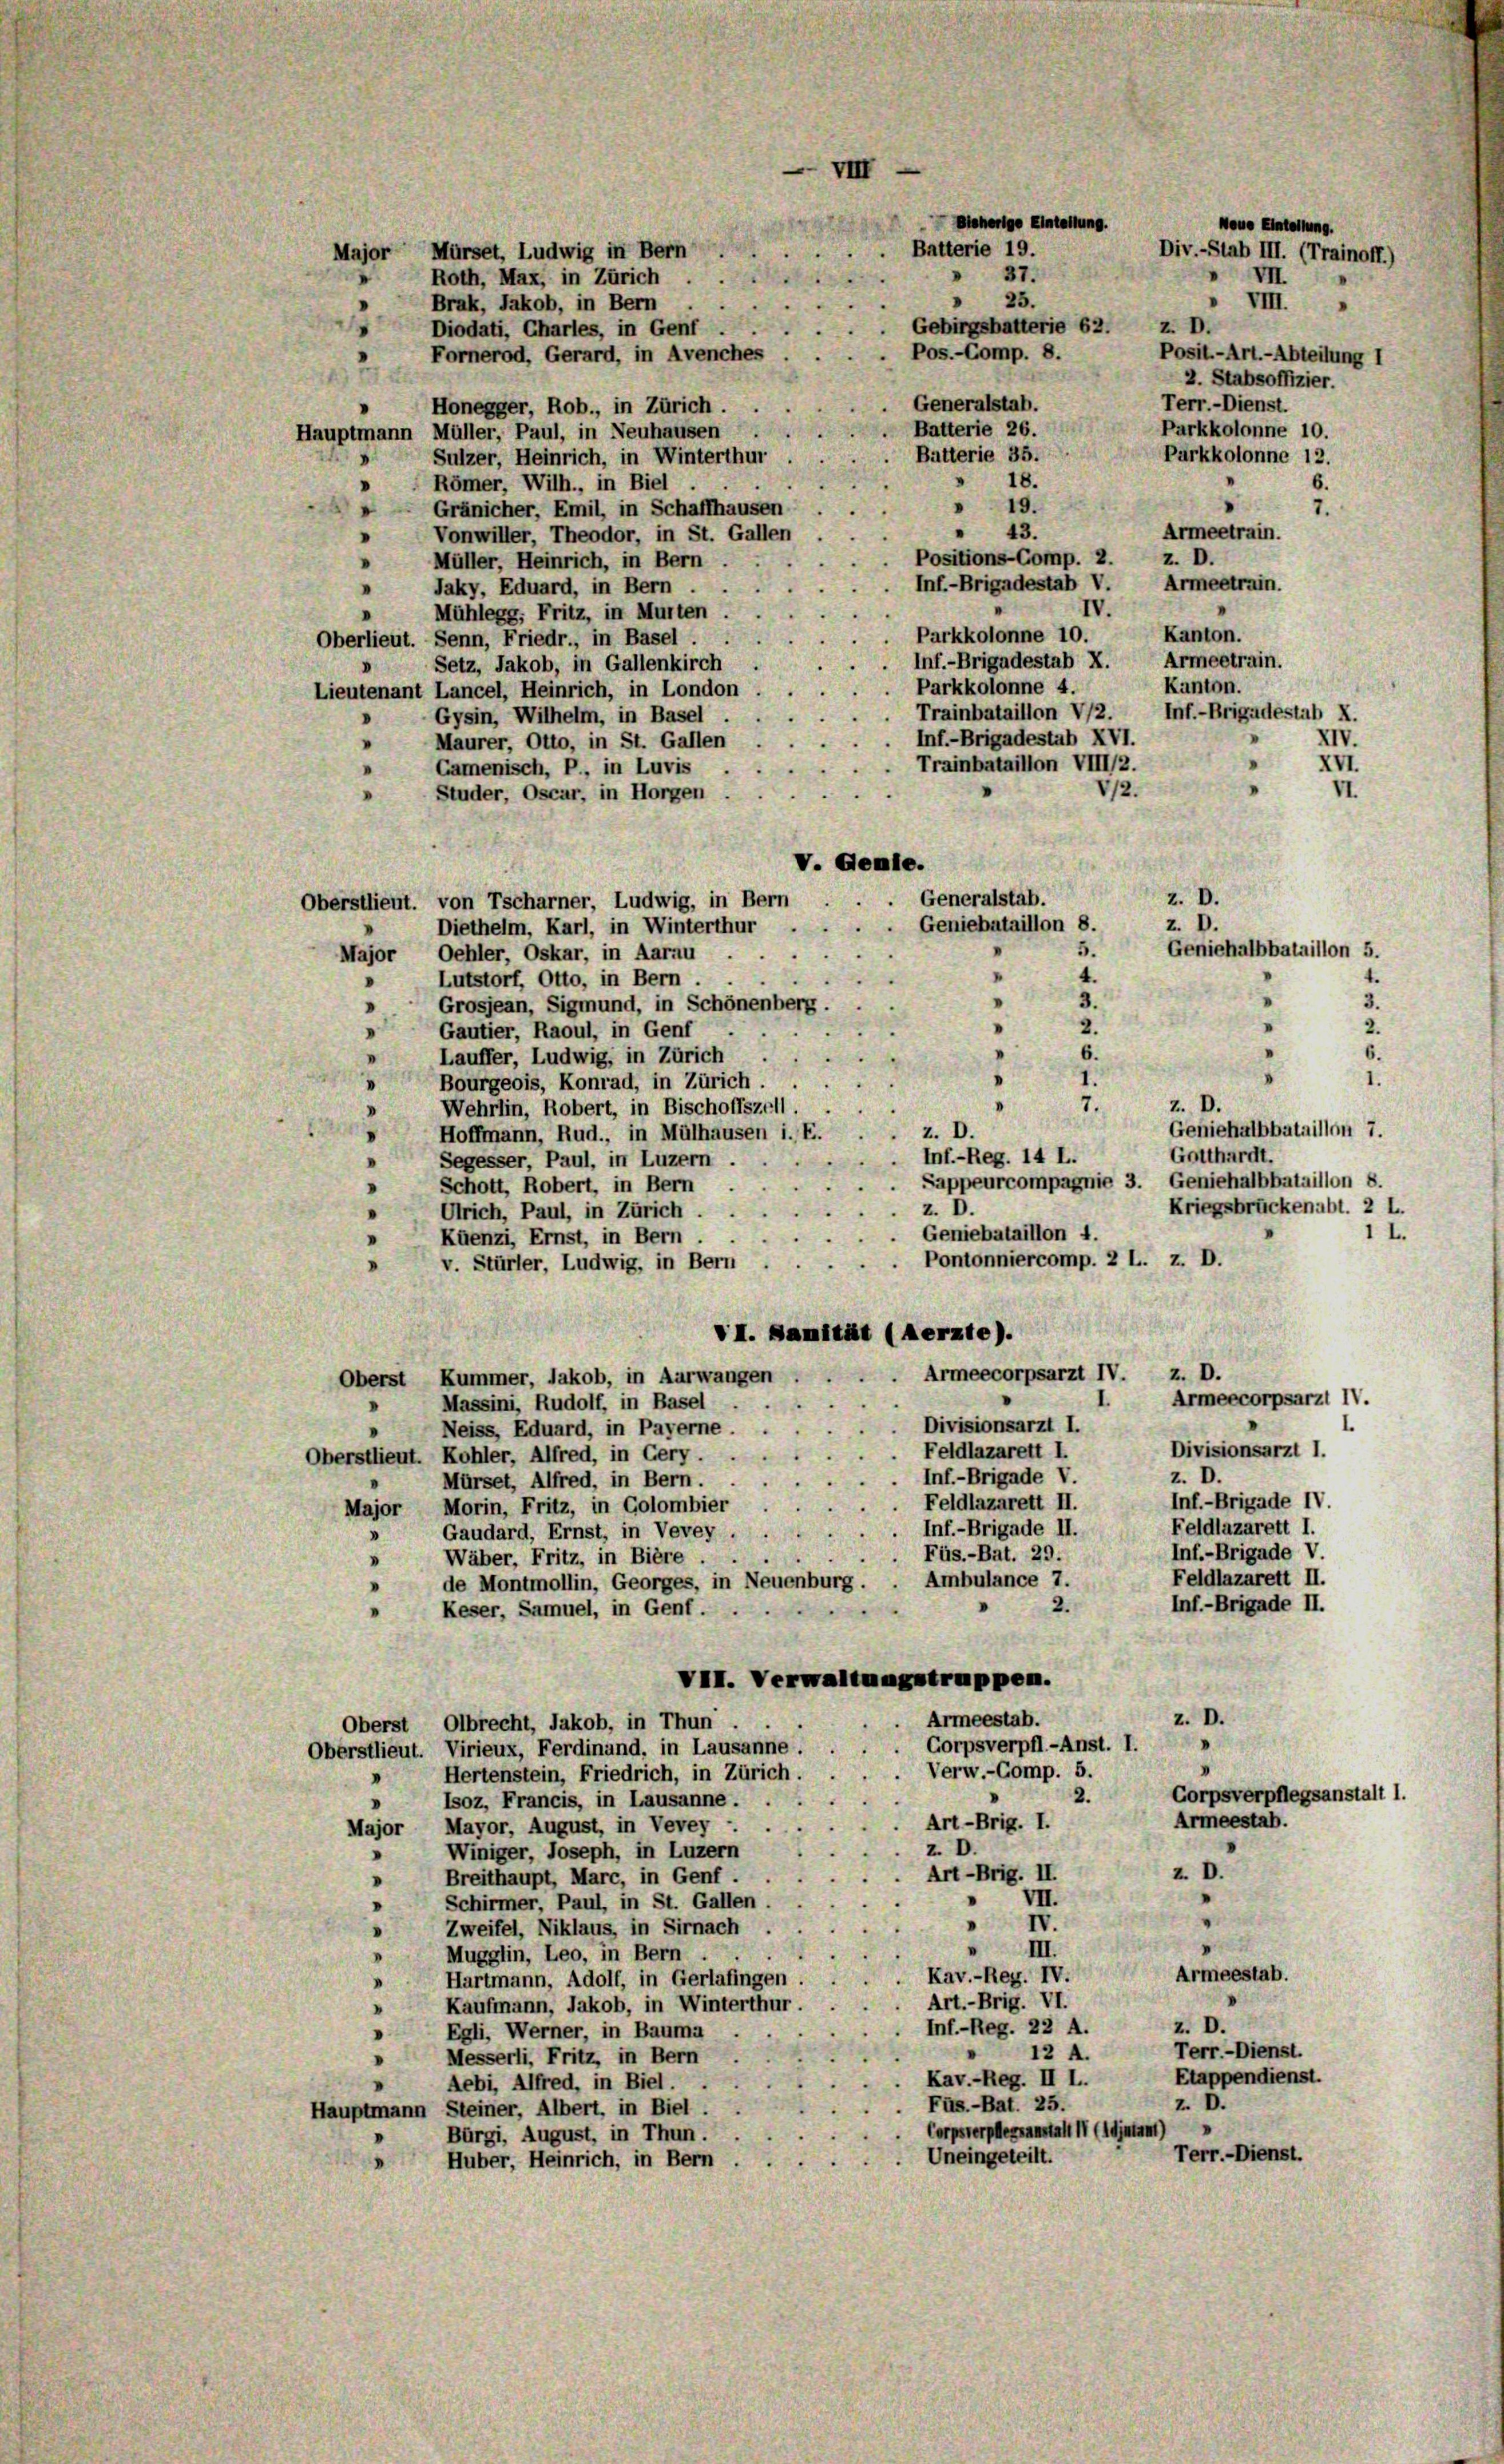
Batterie 19.
Major Mürset, Ludwig in Bern
37.
Roth, Max, in Zürich
» 25.
Brak, Jakob, in Bern
Gebirgshatterie 62. z. D.
Diodati, Charles, in Genf
Pos.-Comp. 8.
Fornerod, Gerard, in Avenches
Generalstab.
Honegger, Rob., in Zürich
Batterie 26.
Hauptmann Müller, Paul, in Neuhausen
Batterie 35.
Sulzer, Heinrich, in Winterthur
18.
Römer, Wilh., in Biel
19.
s
Gränicher, Emil, in Schaffhausen
e
" 43.
Vonwiller, Theodor, in St. Gallen
Positions-Comp. 2. z. D.
Müller, Heinrich, in Bern
Inf.-Brigadestab V. Armeetrain.
Jaky, Eduard, in Bern . .
IV.
Mühlegg, Fritz, in Murten
Parkkolonne 10.
Oberlieut. Senn, Friedr., in Basel.
 Inf.-Brigadestab X. Armeetrain.
Setz, Jakob, in Gallenkirch .
Parkkolonne 4.
Lieutenant Lancel, Heinrich, in London
Gysin, Wilhelm, in Basel
Inf.-Brigadestab XVI.
Maurer, Otto, in St. Gallen
Trainbataillon VIII/2.
XVI.
Gamenisch, P., in Luvis
V12.
VI.
Studer, Oscar, in Horgen
V. Aemte.
Generalstab.
z. D.
Oberstlieut. von Tscharner, Ludwig, in Bern
z. D.
Geniebataillon 8.
Diethelm, Karl, in Winterthur
5.
Geniehalbbataillon 5.
Major, Oehler, Oskar, in Aarau
n
4.
Lutstorf, Otto, in Bern . .
3.
3.
Grosjean, Sigmund, in Schönenberg.
.
2.
n
2.
.
Gautier, Raoul, in Genf
6.
6.
Lauffer, Ludwig, in Zürich
"
¬
Bourgeois, Konrad, in Zürich.
7.
Wehrlin, Robert, in Bischoffszell.
z. D.
Hoffmann, Rud., in Mülhausen i. E.
I
Inf.-Reg. 14 L. Gotthardt.
Segesser, Paul, in Luzern.
.
Schott, Robert, in Bern
.
z. D.
Ulrich, Paul, in Zürich
Geniebataillon 4.
Kuenzi, Ernst, in Bern
Pontonniercomp. 2 L. z. D.
v. Stürler, Ludwig, in Bern
VII. Damität (Aerzte).
z. D.
Armeecorpsarzt IV.
Oberst Kummer, Jakob, in Aarwangen
Armeecorpsarzt IV.
Massini, Rudolf, in Basel
Divisionsarzt I.
Neiss, Eduard, in Payerne.
Feldlazarett I.
Divisionsarzt I.
Oberstlieut. Kohler, Alfred, in Gery.
Inf.-Brigade V.
z. D.
Mürset, Alfred, in Bern.
Inf.-Brigade IV.
Feldlazarett II.
Major Morin, Fritz, in Golombier
Feldlazarett I.
Inf.-Brigade II.
Gaudard, Ernst, in Vevey
"
Inf.-Brigade V.
Füs.-Bat. 29.
Wäber, Fritz, in Bière.
.
Feldlazarett II.
Ambulance 7.
de Montmollin, Georges, in Neuenburg.
Inf.-Brigade II.
2.
Keser, Samuel, in Genf.
VII. Verwaltungstruppen.
z. D.
Armeestab.
Oberst Olbrecht, Jakob, in Thun
Corpsverpfl.-Anst. I.
Oberstlieut. Virieux, Ferdinand, in Lausanne.
. Verw.-Comp. 5.
Hertenstein, Friedrich, in Zürich.
Corpsverpflegsanstalt 1.
2.
 Isoz, Francis, in Lausanne.
Armeestab.
Art-Brig. I.
Mayor, August, in Vevey -
Major
z. D.
Winiger, Joseph, in Luzern
.
z. D.
Art-Brig. II.
Breithaupt, Marc, in Genf.
"
VII.
Schirmer, Paul, in St. Gallen
.
IV.
Zweifel, Niklaus, in Sirnach
.
III.
Mugglin, Leo, in Bern.
Armeestab.
Kav.-Reg. IV.
Hartmann, Adolf, in Gerlafingen.
Art.-Brig. VI.
Kaufmann, Jakob, in Winterthur.
I
z. D.
Inf.-Reg. 22 A.
Egli, Werner, in Bauma
.
Terr.- Dienst.
12 A.
Messerli, Fritz, in Bern
Etappendienst.
Kav.-Reg. II l..
Aebi, Alfred, in Biel.
z. D.
Füs.-Bat. 25.
Hauptmann Steiner, Albert, in Biel.
Coperpleanstalt II (IGjntam)
Bürgi, August, in Thun.
Terr.- Dienst.
Uneingeteilt.
Huber, Heinrich, in Bern

VII
Beherige Einleitung.

Neue Einteilung.
Div.-Stab III. (Trainoff.)
VII.
" VIII.
Posit.- Art.-Abteilung I
2. Stabsoffizier.
Terr.- Dienst.
Parkkolonne 10.
Parkkolonne 12.
6.
7.
Armeetrain.
Kanton.
Kanton.
Trainbataillon V/2. Inf.-Brigadestab X.
XIV.

z. D.
Geniehalbbataillon 7.
Sappeurcompagnie 3. Geniehalbbataillon 8.
Kriegsbrückenabt. 2 L.

1.
I.